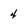
Character: 4